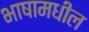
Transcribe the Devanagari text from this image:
भाषामधील